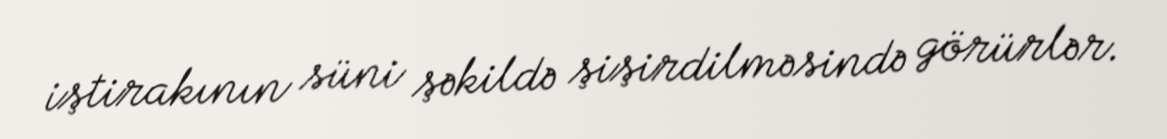
iştirakının süni şəkildə şişirdilməsində görürlər.